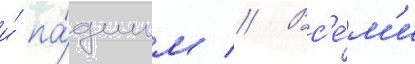
и́ па́дшим // Вс'е́м'и